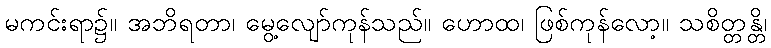
မကင်းရာ၌။ အဘိရတာ၊ မွေ့လျော်ကုန်သည်။ ဟောထ၊ ဖြစ်ကုန်လော့။ သစိတ္တန္တိ၊